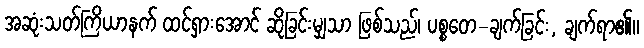
အဆုံးသတ်ကြိယာနက် ထင်ရှားအောင် ဆိုခြင်းမျှသာ ဖြစ်သည်၊ ပစ္စတေ-ချက်ခြင်း, ချက်ရာ၏။